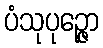
ပံသုပုဉ္ဇော